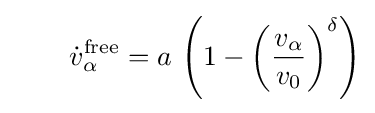
\qquad {\dot {v}}_{\alpha }^{\text{free}}=a\,\left(1-\left({\frac {v_{\alpha }}{v_{0}}}\right)^{\delta }\right)